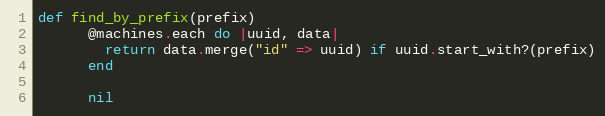
Language: Ruby
def find_by_prefix(prefix)
      @machines.each do |uuid, data|
        return data.merge("id" => uuid) if uuid.start_with?(prefix)
      end

      nil